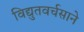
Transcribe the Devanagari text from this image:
विद्युतवर्चसाने